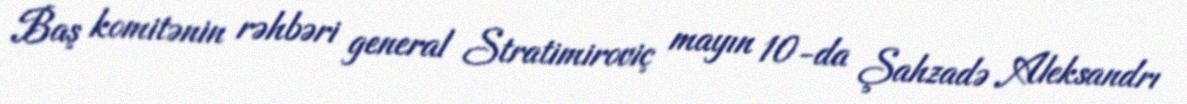
Baş komitənin rəhbəri general Stratimiroviç mayın 10-da Şahzadə Aleksandrı